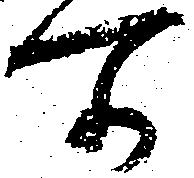
所